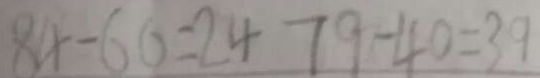
8 4 - 6 0 = 2 4 7 9 - 4 0 = 3 9